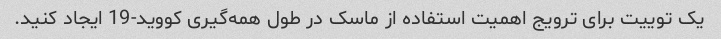
یک توییت برای ترویج اهمیت استفاده از ماسک در طول همه‌گیری کووید-19 ایجاد کنید.